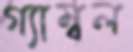
গ্যাম্বল